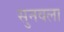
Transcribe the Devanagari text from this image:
सुनवला